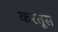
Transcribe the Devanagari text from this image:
करतूस